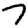
Digit: 7